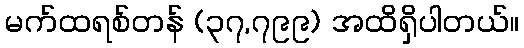
မက်ထရစ်တန် (၃၇,၇၉၉) အထိရှိပါတယ်။